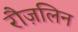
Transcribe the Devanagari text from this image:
रौज़लिन